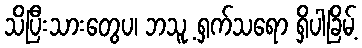
သိပြီးသားတွေပ၊ ဘသူ့ ရှက်သရော ရှိပါခြိမ့်